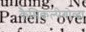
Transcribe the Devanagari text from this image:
कैमिकल्पेगोव्दा